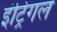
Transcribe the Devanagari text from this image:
इंट्रिगल